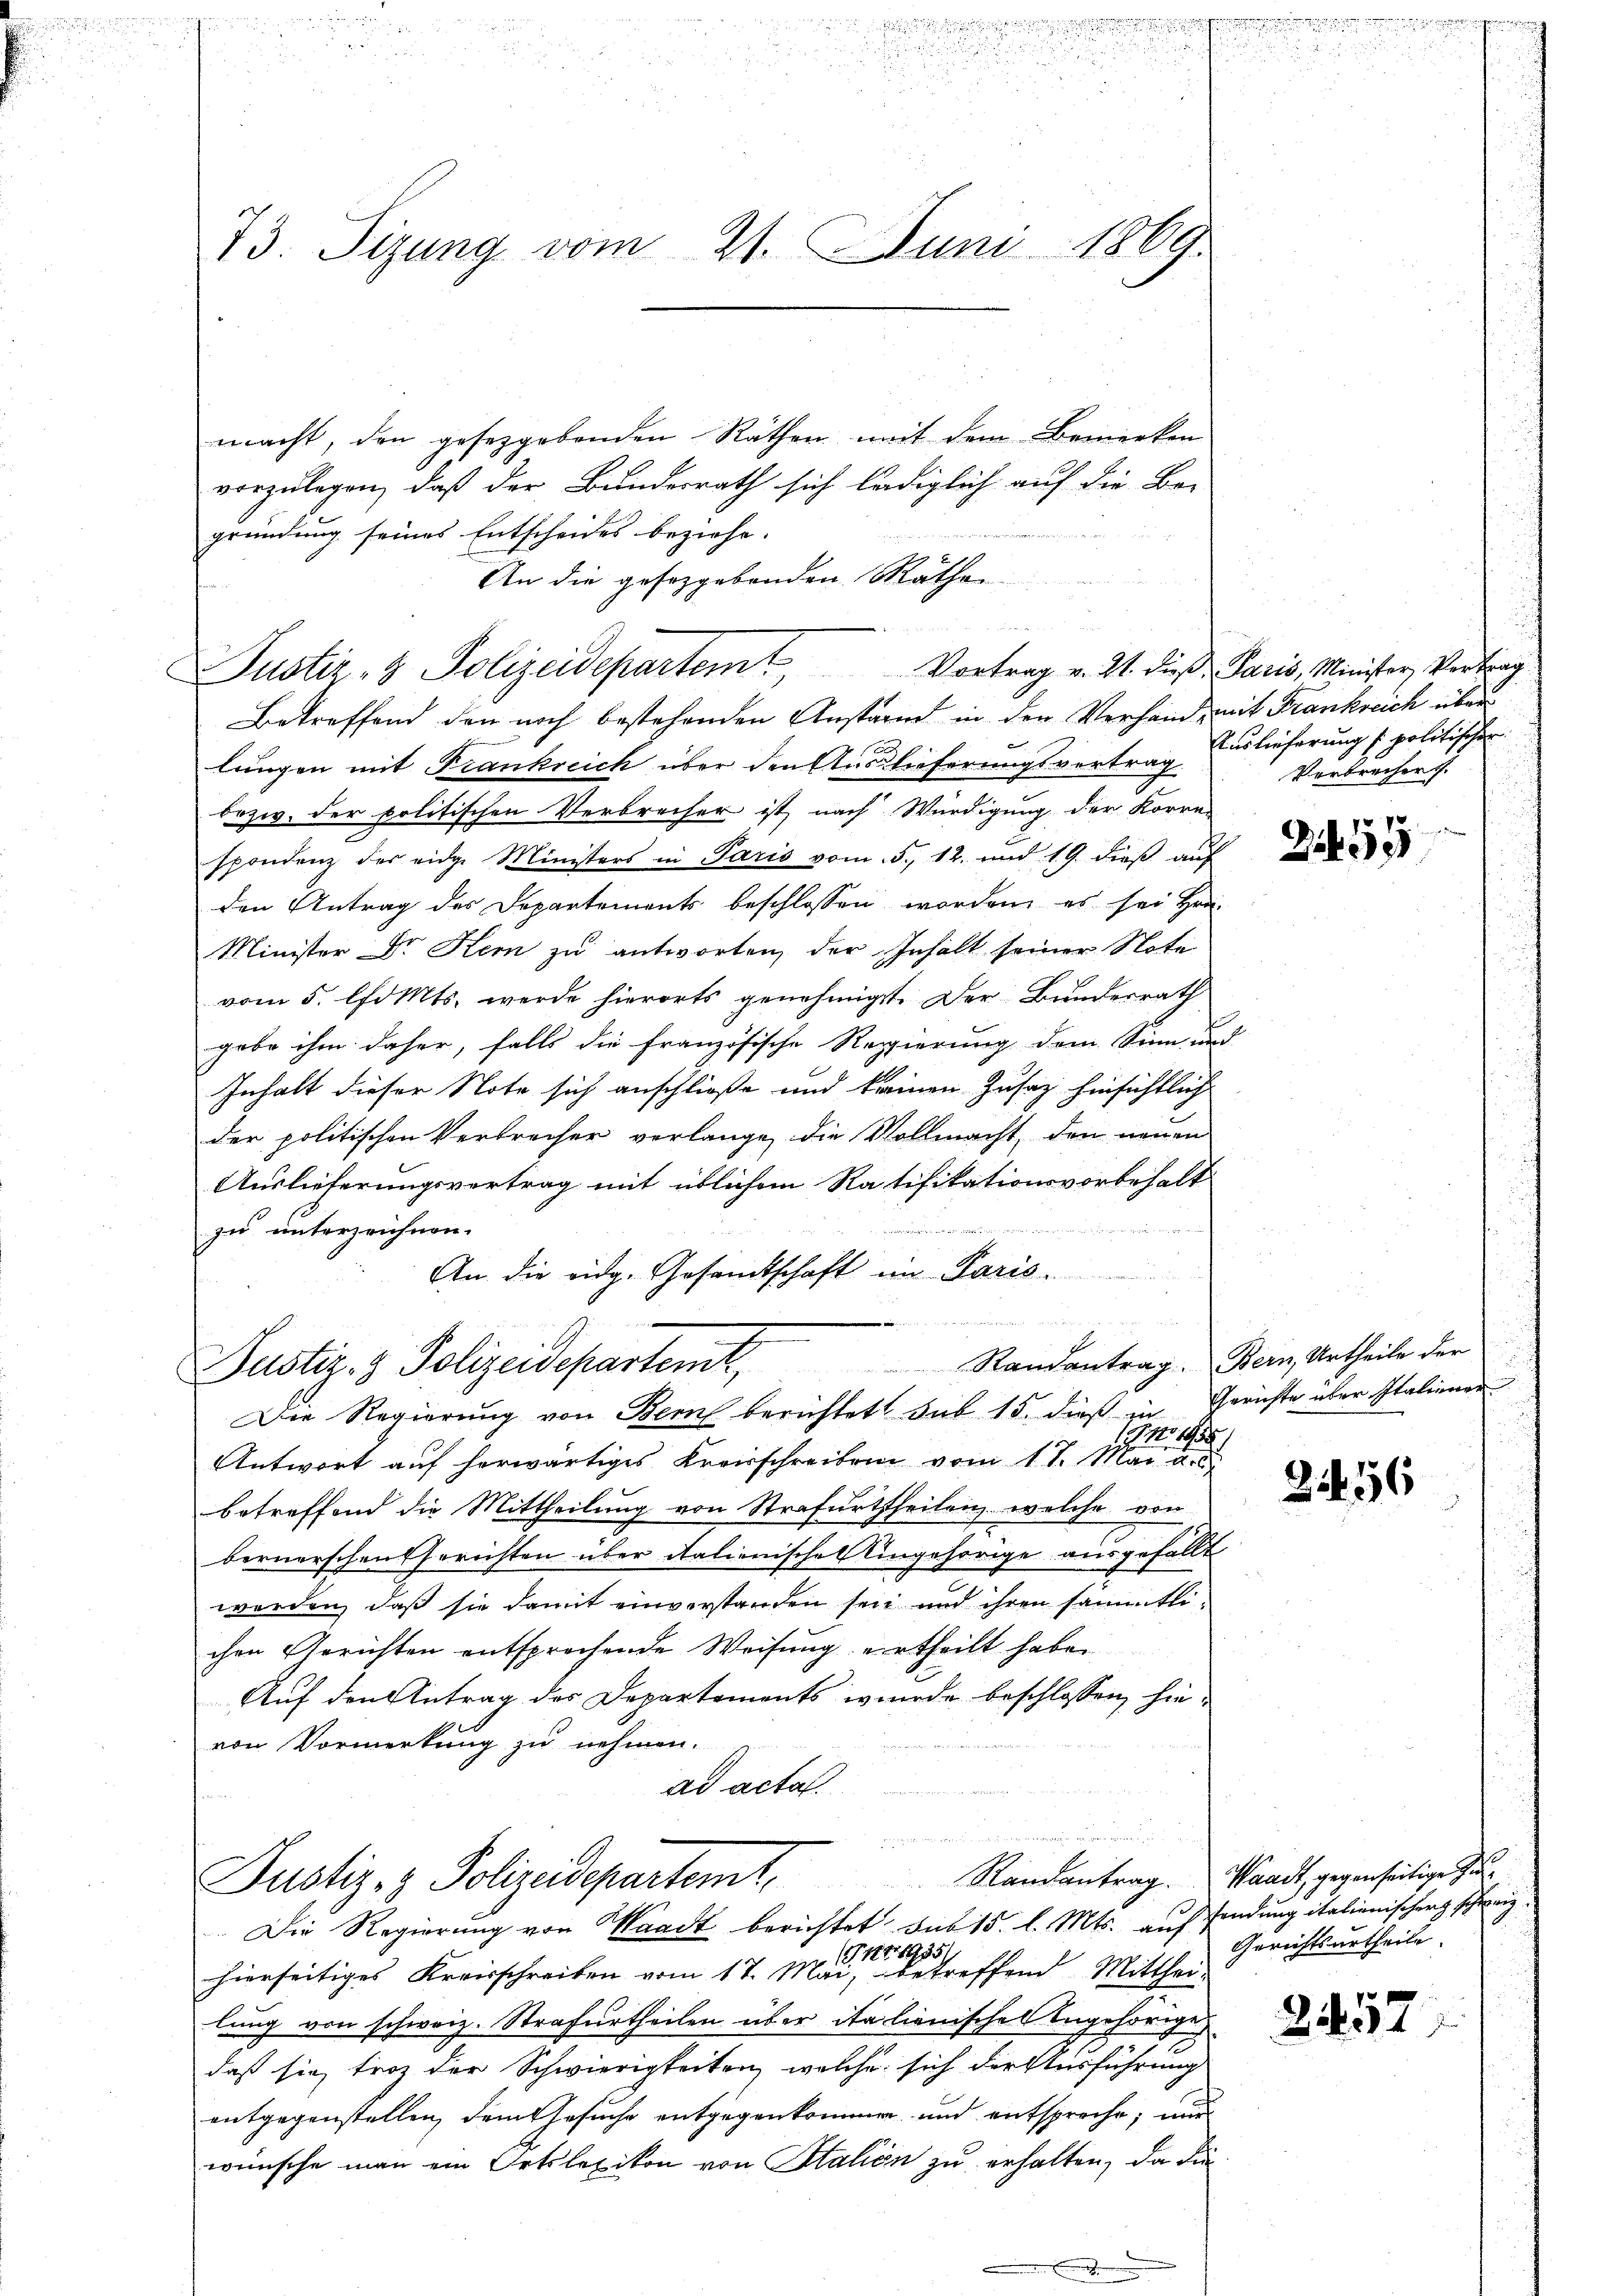
rite
e
u

u

u

73. Sizung vom 21. Juni 1860

Justiz- & Polizeidepartemt

macht, den gesetzgebenden Räthen mit dem Bemerken
vorzulegen, daß der Bundesrath sich lediglich auf die Be-
gründung seines Entscheides beziehe.
An die gesetzgebenden Räthen
Betreffend den noch bestehenden Anstand in den Verhand, mit Frankreich über
lungen mit Frankreich über den Auslieferungsvertrag
bezw. der politischen Verbrecher ist nach Würdigung der Korre-
spondenz des eidge Ministers in Paris vom 5. 12. und 19. dieß auf
den Antrag des Departements beschlossen worden, es sei Hrn.
Minister Dr. Kern zu antworten, der Inhalt seiner Note
vom 5. l. Mts. werde hierorts genehmigt. Der Bundesrath
gabe ihm daher, falls die französische Regierung dem Sinn und
Inhalt dieser Note sich anschließe und keinen Zusaz hinsichtlich
der politischen Verbrecher verlange, die Vollmacht, den neuen
Auslieferungsvertrag mit üblichem Ratifikationsvorbehalt
zu unterzeichnen.
An die eidg. Gesandtschaft im Paris.
Justiz- & Polizeidepartemt, Randantrag. Bern Urtheile der
Die Regierung von Bern berichtet Sub 15. dieß in Gerichte über Italiener
1.11.1958
Antwort auf herwärtiges Kreisschreiben vom 17. Mai a. c.
betreffend die Mittheilung von Strafurtheilen, welche von
bernerschen Gerichten über italienisches Eingehörige ausgefällt
werden, daß sie damit einverstanden sei und ihren sämmtlichen Gerichten entsprochende Weisung ertheilt haben
Auf den Antrag des Departements wurde beschlossen, hie-
von Vormerkung zu nehmen.
ad acta.
Justiz- & Polizeidepartem Randantrag. Waadt, gegenseitige Zu¬
Die Regierung von Waadt berichtet das 15. l. Mts. auffendung italienischer schweiz.
(Tit. 1935.
hierseitiges Kreisschreiben vom 17. Mai, betreffend Mitthei-
lung von schweiz. Strafurtheilen über ita lienisches Angehörige
5f
daß sie froh der Schwierigkeiten, welche sich der Ausführung
entgegenstellen, dem Gesuche entgegenkommen und entspreche; nur
wünsche man ein Ortslexikon von Station zu erhalten, da die

Vortrag v. 21. dieß Paris, Minister Vertrag
Auslieferung l. politischen
Verbrecher

255

2456

Gerichtsurtheile.

257

n